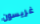
غريسون